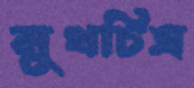
মুখচিত্র